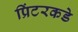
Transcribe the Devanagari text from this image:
प्रिंटरकडे